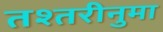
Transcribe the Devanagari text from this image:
तश्तरीनुमा